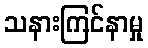
သနားကြင်နာမှု